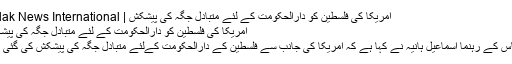
امریکا کی فلسطین کو دارالحکومت کے لئے متبادل جگہ کی پیشکش | Falak News International
امریکا کی فلسطین کو دارالحکومت کے لئے متبادل جگہ کی پیشکش
حماس کے رہنما اسماعیل ہانیہ نے کہا ہے کہ امریکا کی جانب سے فلسطین کے دارالحکومت کےلئے متبادل جگہ کی پیشکش کی گئی ہے۔